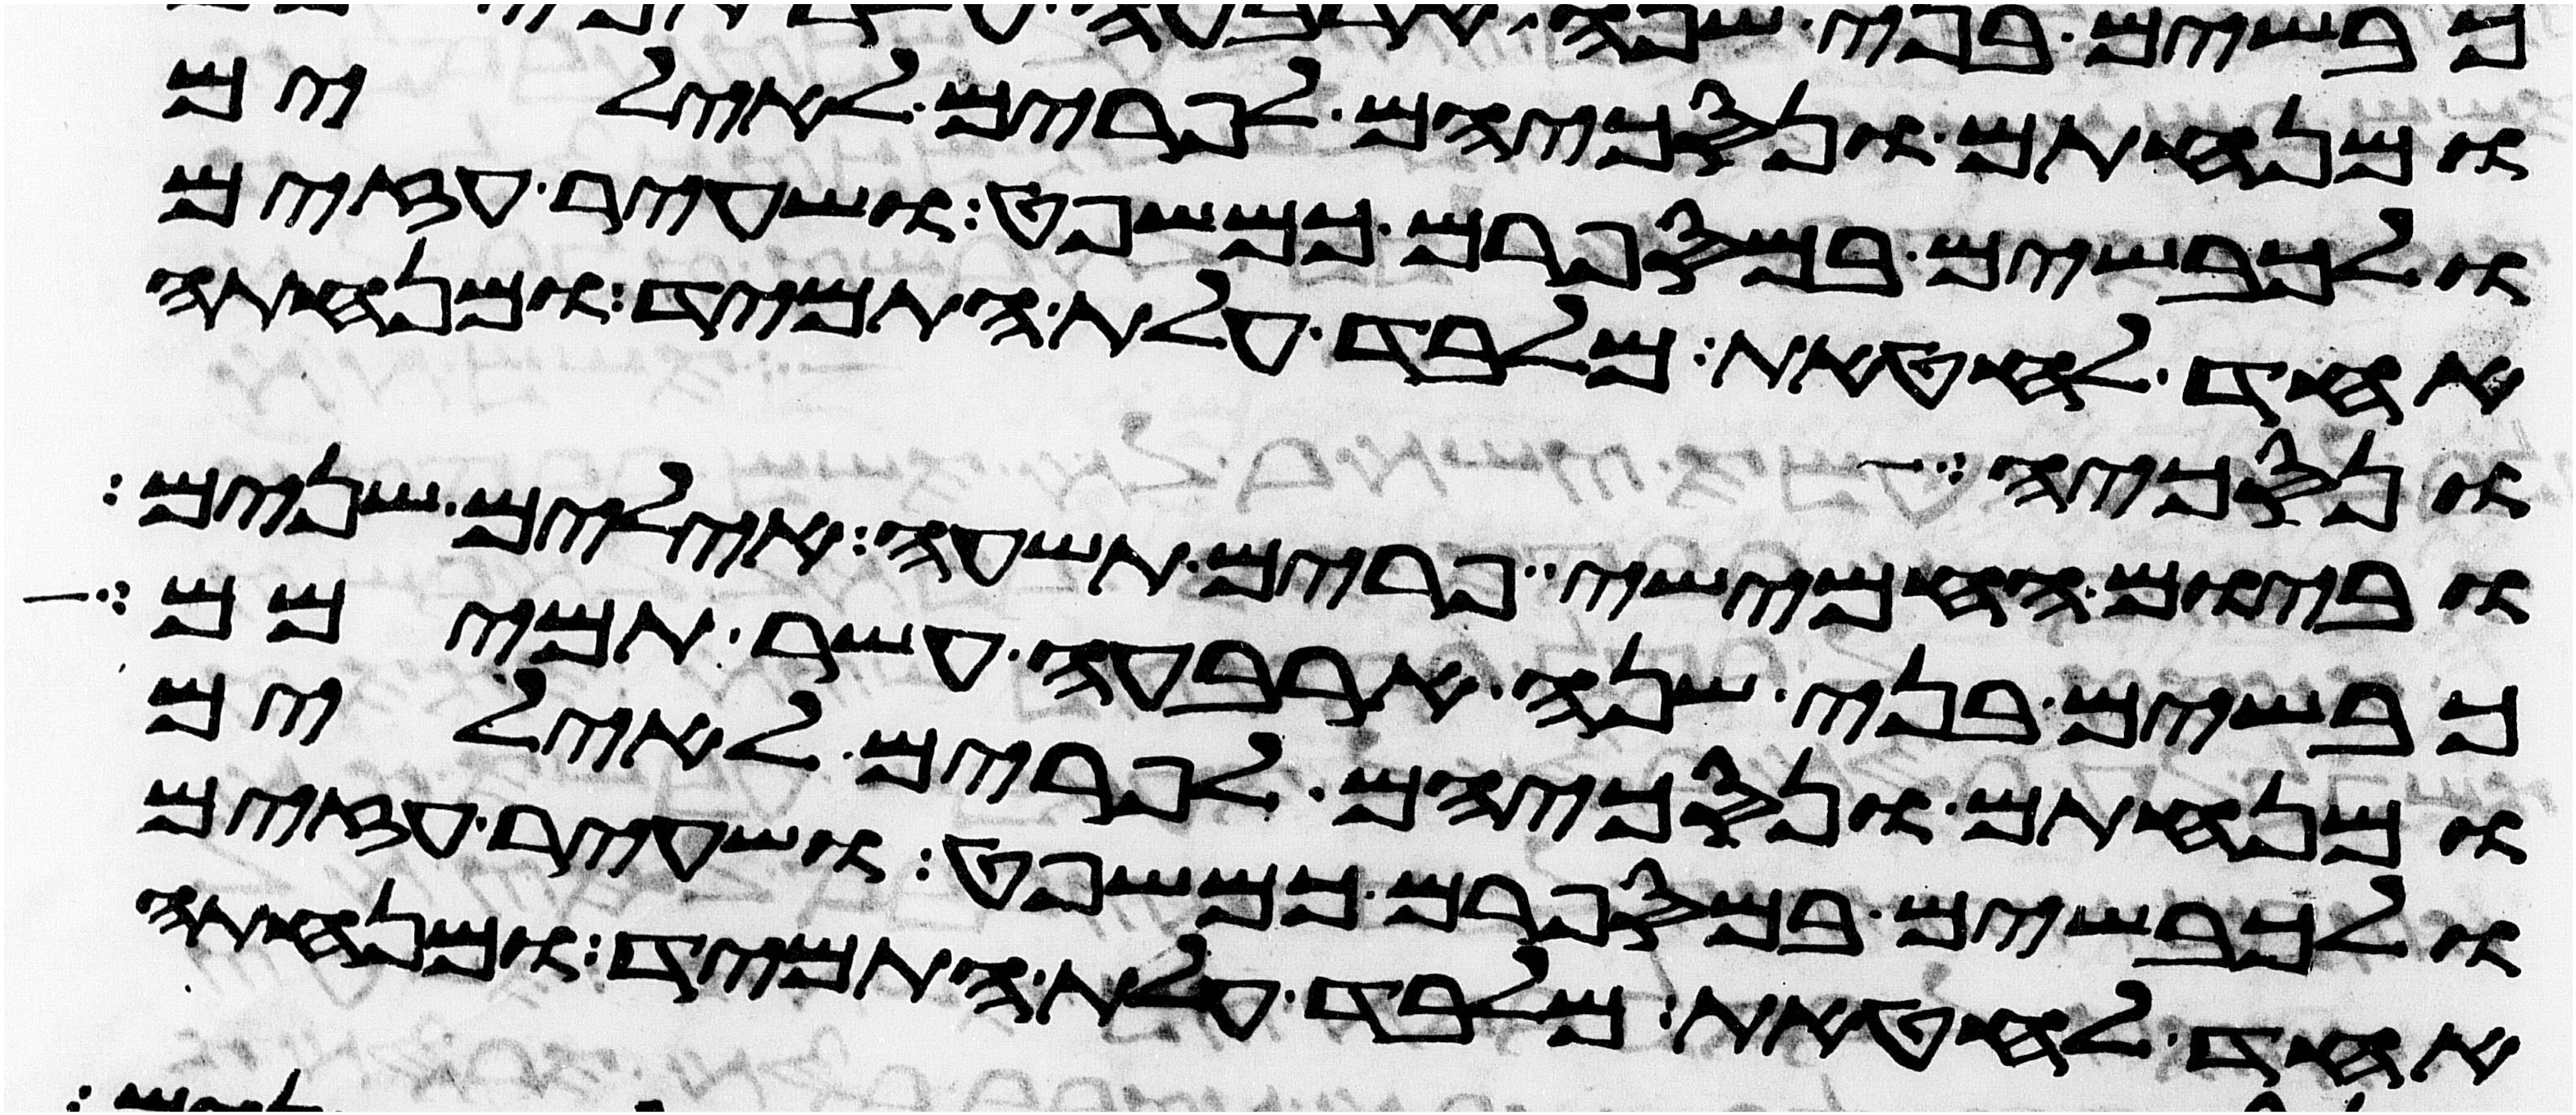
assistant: ומנחתם ונסכיהם לפרים לאילים
ולכבשים במספרם כמשפט ושעיר עזים
אחד לחטאת מלבד עלת התמיד ומנחתה
ונסכיה
וביום החמישי פרים תשעה אילים שנים
כבשים בני שנה ארבעה עשר תמימם
ומנחתם ונסכיהם לפרים לאילים
ולכבשים במספרם כמשפט ושעיר עזים
אחד לחטאת מלבד עלת התמיד ומנחתה